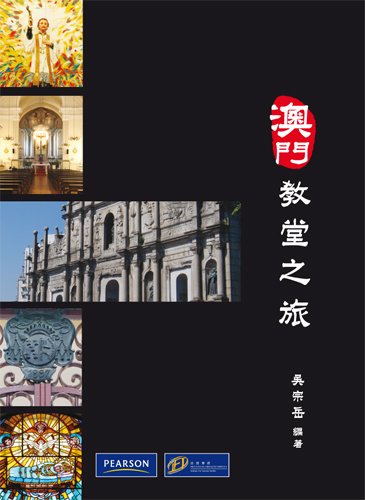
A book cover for Churches of Macau (Chinese Edition); Alberto Ung; Travel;